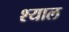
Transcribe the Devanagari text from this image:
श्याल